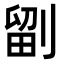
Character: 𭄁